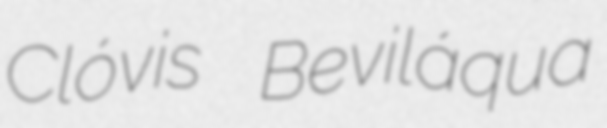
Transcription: Clóvis Beviláqua